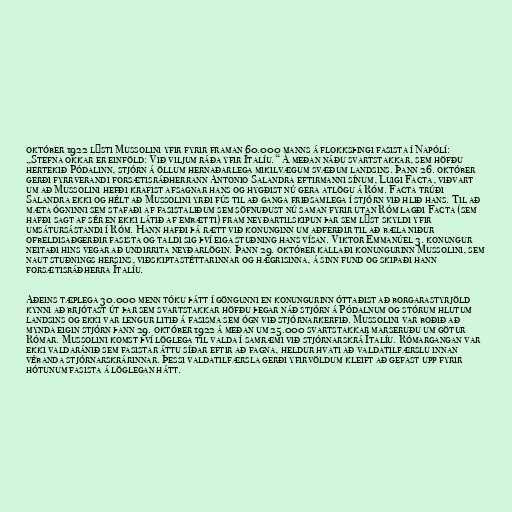
október 1922 lýsti Mussolini yfir fyrir framan 60.000 manns á flokksþingi fasista í Napólí:
„Stefna okkar er einföld: Við viljum ráða yfir Ítalíu.“ Á meðan náðu svartstakkar, sem höfðu
hertekið Pódalinn, stjórn á öllum hernaðarlega mikilvægum svæðum landsins. Þann 26. október
gerði fyrrverandi forsætisráðherrann Antonio Salandra eftirmanni sínum, Luigi Facta, viðvart
um að Mussolini hefði krafist afsagnar hans og hygðist nú gera atlögu á Róm. Facta trúði
Salandra ekki og hélt að Mussolini yrði fús til að ganga friðsamlega í stjórn við hlið hans. Til að
mæta ógninni sem stafaði af fasistaliðum sem söfnuðust nú saman fyrir utan Róm lagði Facta (sem
hafði sagt af sér en ekki látið af embætti) fram neyðartilskipun þar sem lýst skyldi yfir
umsátursástandi í Róm. Hann hafði þá rætt við konunginn um aðferðir til að bæla niður
ofbeldisaðgerðir fasista og taldi sig því eiga stuðning hans vísan. Viktor Emmanúel 3. konungur
neitaði hins vegar að undirrita neyðarlögin. Þann 29. október kallaði konungurinn Mussolini, sem
naut stuðnings hersins, viðskiptastéttarinnar og hægrisinna, á sinn fund og skipaði hann
forsætisráðherra Ítalíu.

Aðeins tæplega 30.000 menn tóku þátt í göngunni en konungurinn óttaðist að borgarastyrjöld
kynni að brjótast út þar sem svartstakkar höfðu þegar náð stjórn á Pódalnum og stórum hlutum
landsins og ekki var lengur litið á fasisma sem ógn við stjórnarkerfið. Mussolini var boðið að
mynda eigin stjórn þann 29. október 1922 á meðan um 25.000 svartstakkar marseruðu um götur
Rómar. Mussolini komst því löglega til valda í samræmi við stjórnarskrá Ítalíu. Rómargangan var
ekki valdaránið sem fasistar áttu síðar eftir að fagna, heldur hvati að valdatilfærslu innan
vébanda stjórnarskrárinnar. Þessi valdatilfærsla gerði yfirvöldum kleift að gefast upp fyrir
hótunum fasista á löglegan hátt.